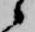
候